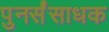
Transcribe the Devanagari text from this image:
पुनर्संसाधक